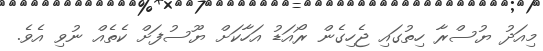
މިއަދު ޔުސްރާ ހިތުގައި ޖެހިގެން ރޯއަޑު އަހާކަށް ޔޫސުފަށް ކެތެއް ނުވި އެވެ.